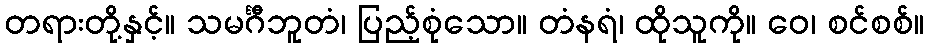
တရားတို့နှင့်။ သမင်္ဂီဘူတံ၊ ပြည့်စုံသော။ တံနရံ၊ ထိုသူကို။ ဝေ၊ စင်စစ်။